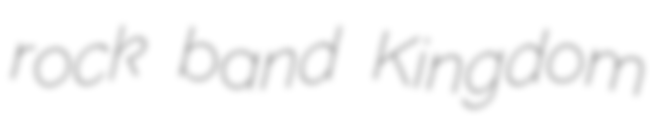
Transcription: rock band Kingdom